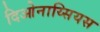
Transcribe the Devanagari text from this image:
दिओनाय्सियस